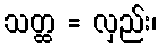
သတ္ထ = လှည်း၊